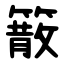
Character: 䉈